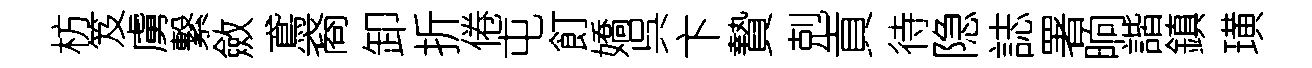
枋笈虜繋斂鳶裔卸折倦屯飣嬌呉卞贄剋貢待隐誌署晌諧鎮璜